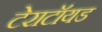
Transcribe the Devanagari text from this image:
टेराटॉयड